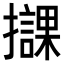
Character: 𢸠